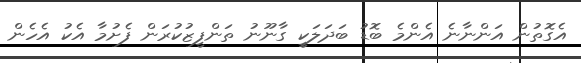
އެގޮތުން އަންނާނެ އެންމެ ބޮޑު ބަދަލަކީ ގާނޫނު ތަންފީޒުކުރަން ފެށުމާ އެކު އެހެން